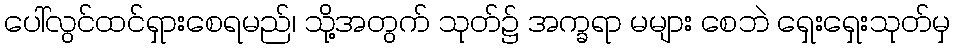
ပေါ်လွင်ထင်ရှားစေရမည်၊ သို့အတွက် သုတ်၌ အက္ခရာ မများ စေဘဲ ရှေးရှေးသုတ်မှ